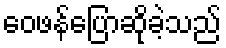
ဝေဖန်ပြောဆိုခဲ့သည်